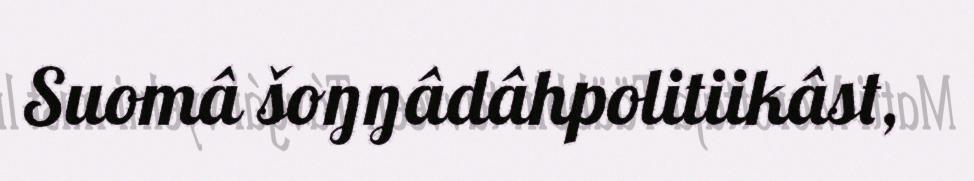
Suomâ šoŋŋâdâhpolitiikâst,